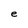
Character: e